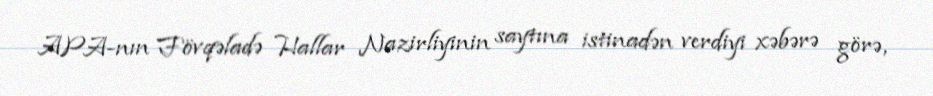
APA-nın Fövqəladə Hallar Nazirliyinin saytına istinadən verdiyi xəbərə görə,